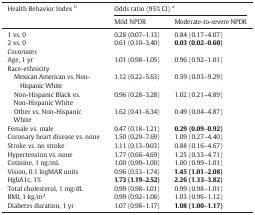
<table><thead><tr><td><b>Health Behavior Index b</b></td><td colspan="2"><b>Odds ratio (95% CI) a</b></td></tr><tr><td><b>Mild NPDR</b></td><td><b>Moderate-to-severe NPDR</b></td></tr></thead><tbody><tr><td>1 vs. 0</td><td>0.28 (0.07–1.13)</td><td>0.84 (0.17–4.07)</td></tr><tr><td>2 vs. 0</td><td>0.61 (0.10–3.40)</td><td><b>0.03 (0.02–0.60)</b></td></tr><tr><td><i>Covariates</i></td><td></td><td></td></tr><tr><td>Age, 1 yr</td><td>1.01 (0.98–1.05)</td><td>0.96 (0.92–1.01)</td></tr><tr><td>Race-ethnicity</td><td></td><td></td></tr><tr><td> Mexican American vs. Non- Hispanic White</td><td>1.12 (0.22–5.63)</td><td>0.59 (0.03–9.29)</td></tr><tr><td> Non-Hispanic Black vs.Non-Hispanic White</td><td>0.96 (0.28–3.28)</td><td>1.02 (0.21–4.89)</td></tr><tr><td> Other vs. Non-HispanicWhite</td><td>1.62 (0.41–6.34)</td><td>0.49 (0.04–4.87)</td></tr><tr><td>Female vs. male</td><td>0.47 (0.18–1.21)</td><td><b>0.29 (0.09–0.92)</b></td></tr><tr><td>Coronary heart disease vs. none</td><td>1.50 (0.29–7.69)</td><td>1.09 (0.27–4.40)</td></tr><tr><td>Stroke vs. no stroke</td><td>1.11 (0.13–9.03)</td><td>0.88 (0.16–4.67)</td></tr><tr><td>Hypertension vs. none</td><td>1.77 (0.66–4.69)</td><td>1.25 (0.33–4.71)</td></tr><tr><td>Cotinine, 1 ng/mL</td><td>1.00 (0.99–1.00)</td><td>1.00 (0.99–1.01)</td></tr><tr><td>Vision, 0.1 logMAR units</td><td>0.96 (0.53–1.74)</td><td><b>1.45 (1.01–2.08)</b></td></tr><tr><td>HgbA1c, 1%</td><td><b>1.73 (1.19–2.52)</b></td><td><b>2.26 (1.33–3.82)</b></td></tr><tr><td>Total cholesterol, 1 mg/dL</td><td>0.99 (0.98–1.01)</td><td>0.99 (0.98–1.01)</td></tr><tr><td>BMI, 1 kg/m<sup>2</sup></td><td>0.99 (0.92–1.06)</td><td>1.03 (0.96–1.12)</td></tr><tr><td>Diabetes duration, 1 yr</td><td>1.07 (0.98–1.17)</td><td><b>1.08 (1.00–1.17)</b></td></tr></tbody></table>